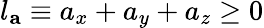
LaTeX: l_{\mathbf{a}}\equiv a_{x}+a_{y}+a_{z}\geq 0